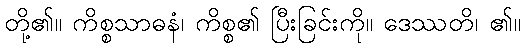
တို့၏။ ကိစ္စသာဓနံ၊ ကိစ္စ၏ ပြီးခြင်းကို။ ဒေဿတိ၊ ၏။